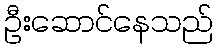
ဦးဆောင်နေသည်